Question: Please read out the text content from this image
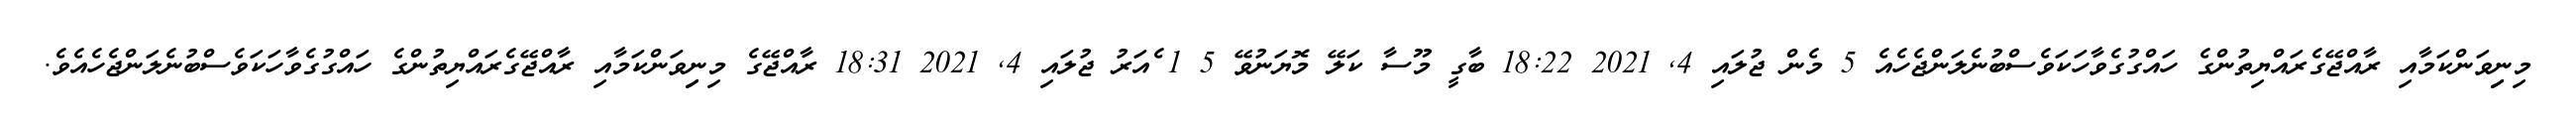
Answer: މިނިިވަންކަމާއި ރާއްޖޭގެރައްޔިތުންގެ ހައްގުގެވާހަކަވެސްބުނެލަންޖެހެއެ 5 މެން ޖުލައި 4, 2021 18:22 ބާގީ މޫސާ ކަލޭ މޮޔަނުވޭ 5 1 ެއަރު ޖުލައި 4, 2021 18:31 ރާއްޖޭގެ މިނިިވަންކަމާއި ރާއްޖޭގެރައްޔިތުންގެ ހައްގުގެވާހަކަވެސްބުނެލަންޖެހެއެވެ.